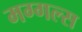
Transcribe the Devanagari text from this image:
मग्गल्स